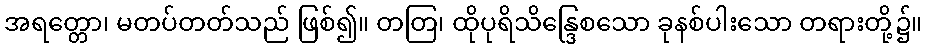
အရတ္တော၊ မတပ်တတ်သည် ဖြစ်၍။ တတြ၊ ထိုပုရိသိန္ဒြေစသော ခုနစ်ပါးသော တရားတို့၌။